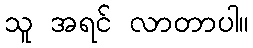
သူ အရင် လာတာပါ။